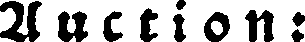
A u c t i o n: